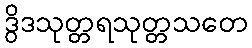
ဒွိဒသုတ္တရသုတ္တသတေ